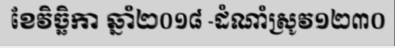
ខែវិច្ឆិកា ឆ្នាំ២០១៨ -ដំណាំស្រូវ១២៣០